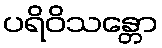
ပရိဝိသန္တော